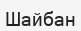
Шайбан